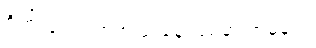
စိတ်လှုပ်ရှားစရာ ညနေ ဖြစ်မှာ အမှန်ပဲ။